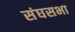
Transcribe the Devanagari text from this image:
संघसभा